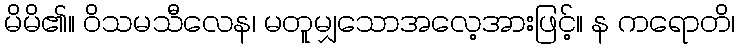
မိမိ၏။ ဝိသမသီလေန၊ မတူမျှသောအလေ့အားဖြင့်။ န ကရောတိ၊